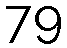
79